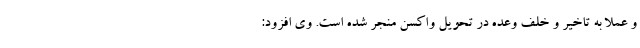
و عملا به تاخیر و خلف وعده در تحویل واکسن منجر شده است. وی افزود: